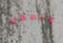
ويمكن